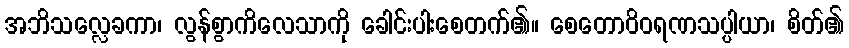
အဘိသလ္လေခကာ၊ လွန်စွာကိလေသာကို ခေါင်းပါးစေတက်၏။ စေတောဝိဝရဏသပ္ပါယာ၊ စိတ်၏